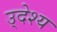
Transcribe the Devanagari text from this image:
उ्देश्य